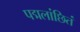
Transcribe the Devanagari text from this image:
पद्मलांछितं